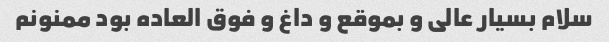
سلام بسیار عالی و بموقع و داغ و فوق العاده بود ممنونم